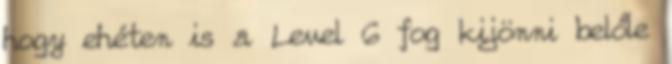
hogy ehéten is a Level 6 fog kijönni belőle